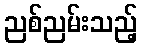
ညစ်ညမ်းသည့်